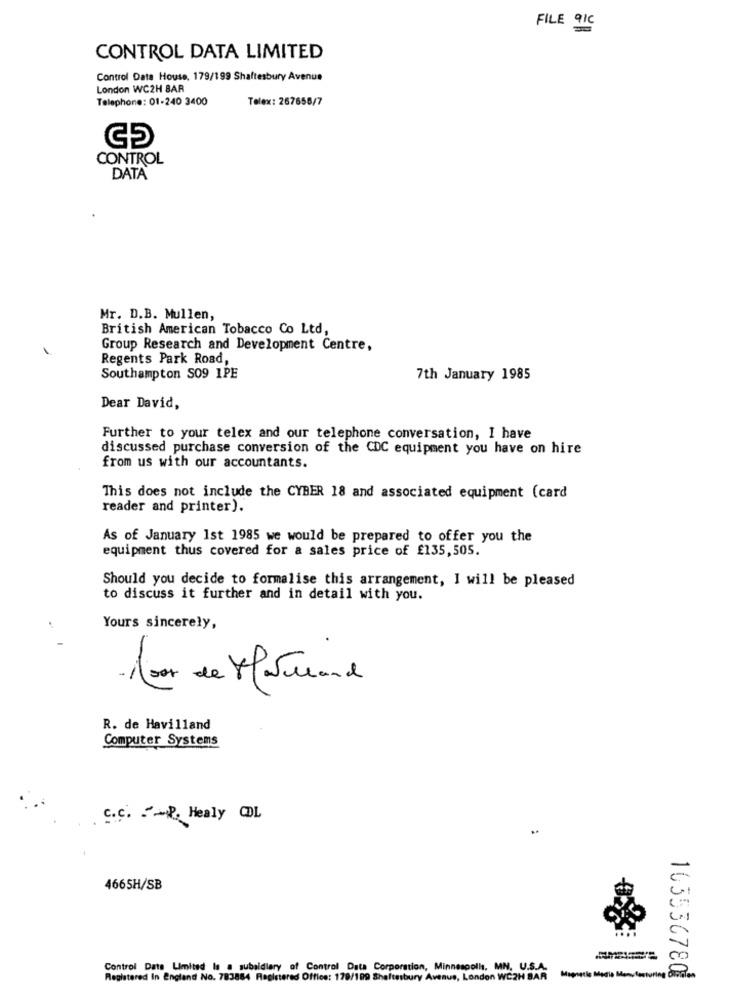
FILE 9IC
CONTROL DATA LIMITED
Control Data House, 179/199 Shaftesbury Avenue
London WC2H BAR
Telephone: 01-240 3400
Telex: 267658/7
G5
CONTROL
DATA
Mr. D.B. Mullen,
British American Tobacco Co Ltd,
Group Research and Development Centre,
Regents Park Road,
Southampton S09 1PE
7th January 1985
Dear David,
Further to your telex and our telephone conversation, I have
discussed purchase conversion of the CDC equipment you have on hire
from us with our accountants.
This does not include the CYBER 18 and associated equipment (card
reader and printer).
As of January 1st 1985 we would be prepared to offer you the
equipment thus covered for a sales price of £135,505.
Should you decide to formalise this arrangement, I will be pleased
to discuss it further and in detail with you.
Yours sincerely,
R. de Havilland
Computer Systems
C.C. P. Healy CDL
4665H/SB
Control Date Limited ls a subsidiary of Control Data Corporation, Minneapolis, MN. U.S.A.
Registered In England No. 783884 Registered Office: 179/199 Shaftesbury Avenue, London WC2H BAR
Magnetis Medio Mono lastoring division
163536780